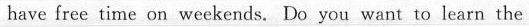
have free time on weekends. Do you want to learn the